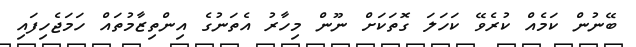
ބޭނުން ކަމެއް ކުރެވޭ ކަހަލަ ގޮތަކަށް ނޫން މިހާރު އެތަނުގެ އިންތިޒާމުތައް ހަމަޖެހިފައި